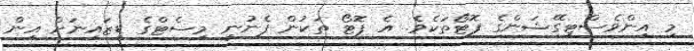
މި އިންވެސްޓިގޭޝަންގެ ފޮޓޯތަކެވެ. އެ ފޮޓޯ ތަކުން ފެނުނީ މިސެޓްގެ ޑިޒައިނަށް އިން